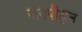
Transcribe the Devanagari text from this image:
जनपीड़न